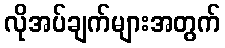
လိုအပ်ချက်များအတွက်